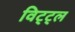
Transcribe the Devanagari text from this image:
विट्ट्ल